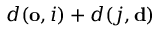
d ( \mathbf { o } , i ) + d ( j , \mathbf { d } )